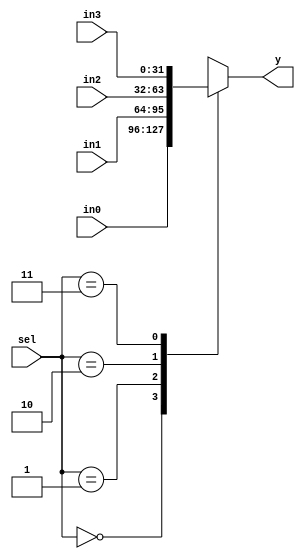
module mux4_1(in0,in1,in2,in3,y,sel);
parameter DATA_LENGTH = 32;

input [DATA_LENGTH-1:0] in0,in1,in2,in3;
input [1:0] sel;
output reg [DATA_LENGTH-1:0]y;

always @(in0 or in1 or in2 or in3 or sel)
begin
	case(sel)
		2'b00: y = in0;
		2'b01: y = in1;
		2'b10: y = in2; 
		2'b11: y = in3;
	endcase
end


endmodule